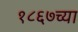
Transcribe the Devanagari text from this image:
१८६७च्या